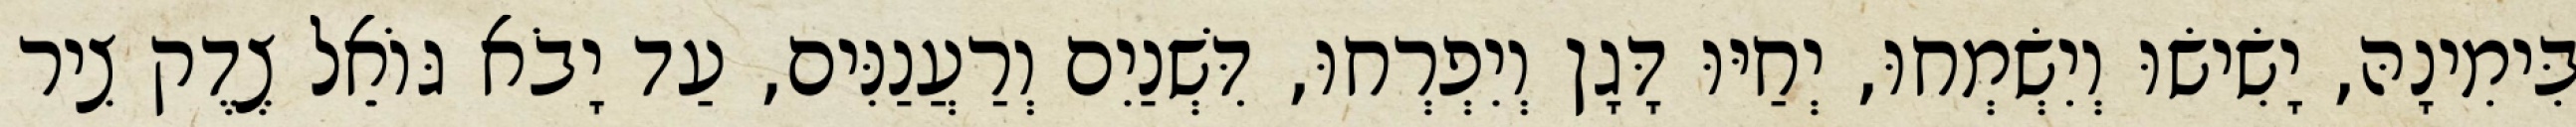
בִּימִינָהּ, יָשִׂישׂוּ וְיִשְׂמְחוּ, יְחַיּוּ דָּגָן וְיִפְרְחוּ, דִּשְׁנַיִם וְרַעֲנַנִּים, עַד יָבֹא גּוֹאֵל צֶדֶק צִיר